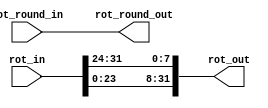
`timescale 1ns / 1ps
//////////////////////////////////////////////////////////////////////////////////
// Company: 
// Engineer: 
// 
// Design Name: 
// Module Name:    rotate_words 
// Project Name: 
// Target Devices: 
// Tool versions: 
// Description: 
//
// Dependencies: 
//
// Revision: 
// Revision 0.01 - File Created
// Additional Comments: 
//
//////////////////////////////////////////////////////////////////////////////////
module rotate_words(
    input [31:0] rot_in,
	 input [3:0] rot_round_in,
	 output [3:0] rot_round_out,
    output reg [31:0] rot_out
    );
assign rot_round_out = rot_round_in;

always@(rot_in)
	 begin
	 rot_out = {rot_in[23:0],rot_in[31:24]};
end

endmodule